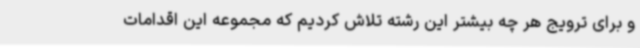
و برای ترویج هر چه بیشتر این رشته تلاش کردیم که مجموعه این اقدامات